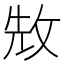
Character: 㪇